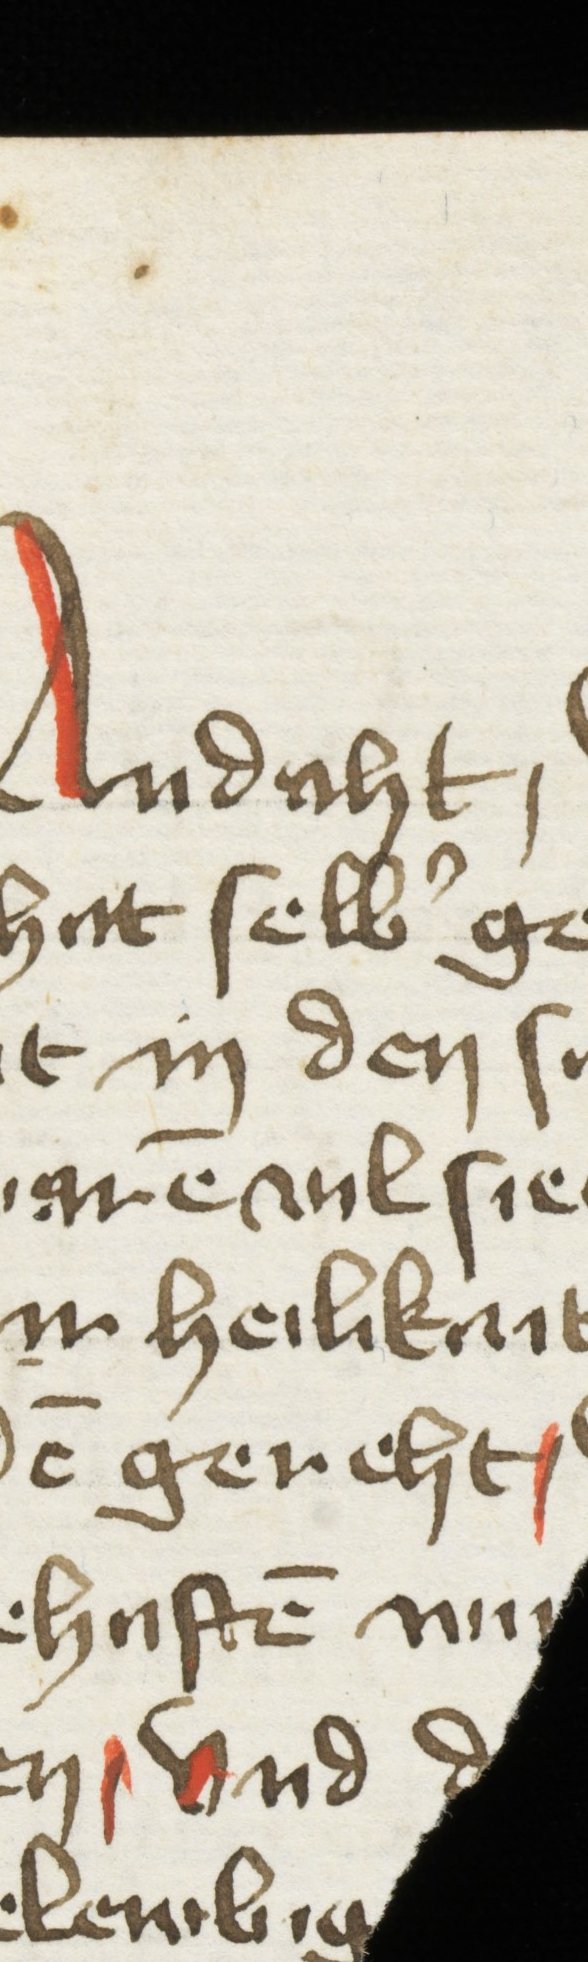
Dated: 1400–1499